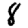
Digit: 8